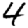
Digit: 4